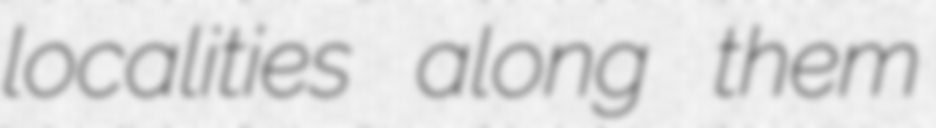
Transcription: localities along them